Sanitation, dispensaries and jails vaccination Rajputana 1922-1927 - 1922-1927
Year: 1922
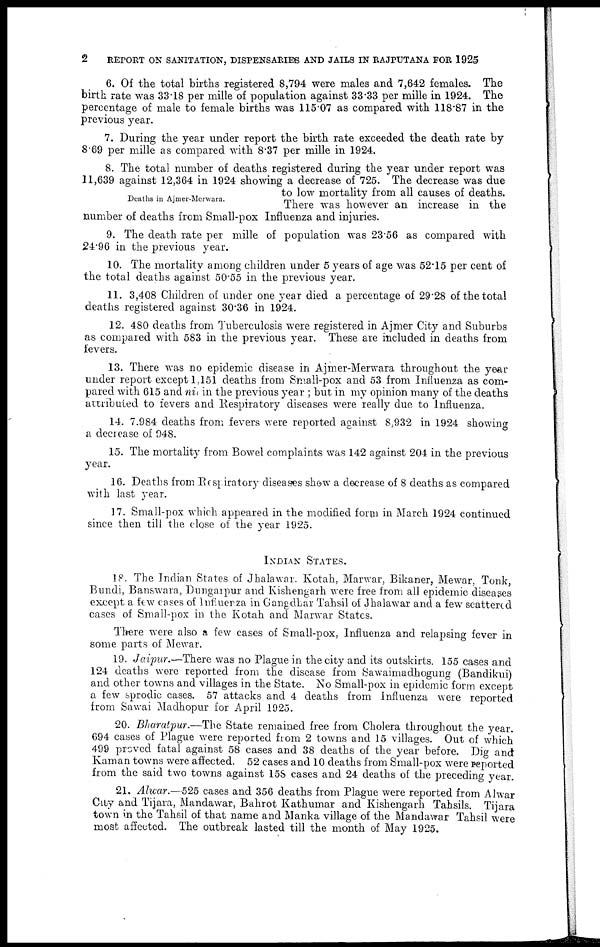
2
REPORT ON SANITATION, DISPENSARIES AND JAILS IN RAJPUTANA FOR 1925
6. Of the total births registered 8,794 were males and 7,642 females. The
birth rate was 33.18 per mille of population against 33.33 per mille in 1924. The
percentage of male to female births was 115.07 as compared with 118.87 in the
previous year.
7. During the year under report the birth rate exceeded the death rate by
8.69 per mille as compared with 8.37 per mille in 1924.
Deaths in Ajmer-Merwara.
8. The total number of deaths registered during the year under report was
11,639 against 12,364 in 1924 showing a decrease of 725. The decrease was due
to low mortality from all causes of deaths.
There was however an increase in the
number of deaths from Small-pox Influenza and injuries.
9. The death rate per mille of population was 23.56 as compared with
24.96 in the previous year.
10. The mortality among children under 5 years of age was 52.15 per cent of
the total deaths against 50.55 in the previous year.
11. 3,408 Children of under one year died a percentage of 29.28 of the total
deaths registered against 30.36 in 1924.
12. 480 deaths from Tuberculosis were registered in Ajmer City and Suburbs
as compared with 583 in the previous year. These are included in deaths from
fevers.
13. There was no epidemic disease in Ajmer-Merwara throughout the year
under report except 1,151 deaths from Small-pox and 53 from Influenza as com-
pared with 615 and nil in the previous year ; but in my opinion many of the deaths
attributed to fevers and Respiratory diseases were really due to Influenza.
14. 7,984 deaths from fevers were reported against 8,932 in 1924 showing
a decrease of 948.
15. The mortality from Bowel complaints was 142 against 204 in the previous
year.
16. Deaths from Respiratory diseases show a decrease of 8 deaths as compared
with last year.
17. Small-pox which appeared in the modified form in March 1924 continued
since then till the close of the year 1925.
INDIAN STATES.
18. The Indian States of Jhalawar. Kotah, Marwar, Bikaner, Mewar, Tonk,
Bundi, Banswara, Dungarpur and Kishengarh were free from all epidemic diseases
except a few cases of Influenza in Gangdhar Tahsil of Jhalawar and a few scattered
cases of Small-pox in the Kotah and Marwar States.
There were also a few cases of Small-pox, Influenza and relapsing fever in
some parts of Mewar.
19. Jaipur.—There was no Plague in the city and its outskirts. 155 cases and
124 deaths were reported from the disease from Sawaimadhogung (Bandikui)
and other towns and villages in the State. No Small-pox in epidemic form except
a few sprodic cases. 57 attacks and 4 deaths from Influenza were reported
from Sawai Madhopur for April 1925.
20. Bharatpur.—The State remained free from Cholera throughout the year.
694 cases of Plague were reported from 2 towns and 15 villages. Out of which
499 proved fatal against 58 cases and 38 deaths of the year before. Dig and
Kaman towns were affected. 52 cases and 10 deaths from Small-pox were reported
from the said two towns against 158 cases and 24 deaths of the preceding year.
21. Alwar.—525 cases and 356 deaths from Plague were reported from Alwar
City and Tijara, Mandawar, Bahrot Kathumar and Kishengarh Tahsils. Tijara
town in the Tahsil of that name and Manka village of the Mandawar Tahsil were
most affected. The outbreak lasted till the month of May 1925.